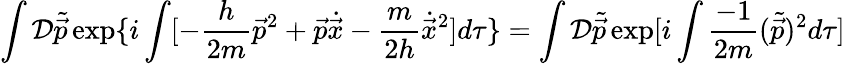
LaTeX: \int{\cal D}\tilde{\vec{p}}\exp\{ i\int[-\frac{h}{2m}{\vec{p}}^{2}+\vec{p}\dot{\vec{x}}-\frac{m}{2h}{\dot{\vec{x}}}^{2}]d\tau\} =\int{\cal D}\tilde{\vec{p}}\exp[i\int\frac{-1}{2m}(\tilde{\vec{p}})^{2}d\tau]